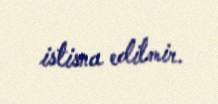
istisna edilmir.